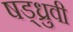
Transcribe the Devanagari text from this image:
षड्ध्रुवी